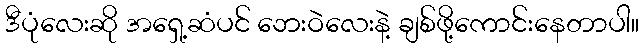
ဒီပုံလေးဆို အရှေ့ဆံပင် ဘေးဝဲလေးနဲ့ ချစ်ဖို့ကောင်းနေတာပါ။